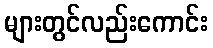
များတွင်လည်းကောင်း